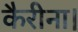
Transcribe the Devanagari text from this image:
कैरीना।